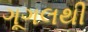
ગૂગલથી